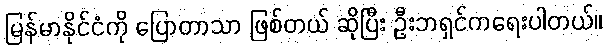
မြန်မာနိုင်ငံကို ပြောတာသာ ဖြစ်တယ် ဆိုပြီး ဦးဘရှင်ကရေးပါတယ်။